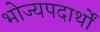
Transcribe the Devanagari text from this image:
भोज्यपदार्थों